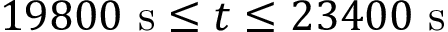
1 9 8 0 0 \ \mathrm { s } \leq t \leq 2 3 4 0 0 \ \mathrm { s }